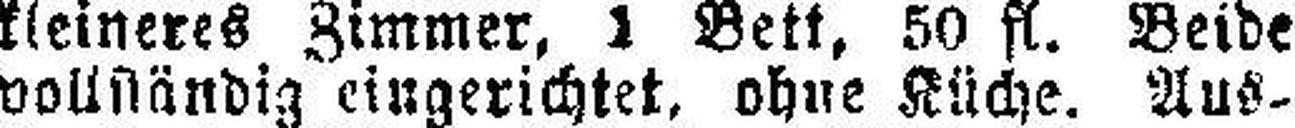
vollständig eingerichtet, ohne Küche. Aus¬